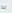
به